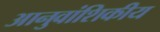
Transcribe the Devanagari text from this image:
आनुवांशिकीय